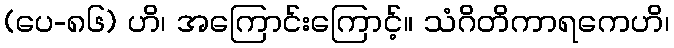
(ပေ-၈၆) ဟိ၊ အကြောင်းကြောင့်။ သံဂိတိကာရကေဟိ၊